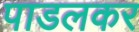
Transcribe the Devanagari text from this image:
पाडलकर